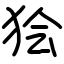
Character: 狯